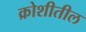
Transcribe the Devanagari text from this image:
क्रोशीतील